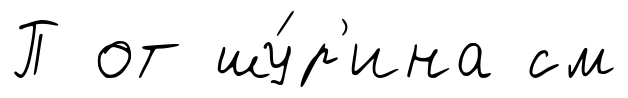
П от шу́р'ина см